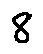
8